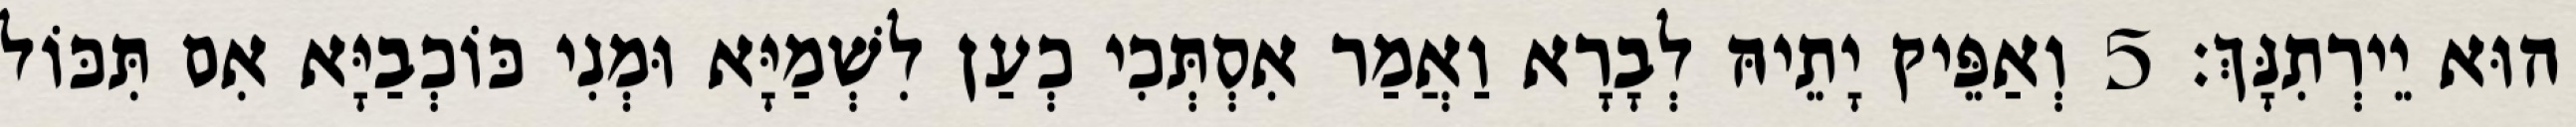
הוּא יֵירְתִנָּךְ׃ 5 וְאַפֵּיק יָתֵיהּ לְבָרָא וַאֲמַר אִסְתְּכִי כְעַן לִשְׁמַיָּא וּמְנִי כּוֹכְבַיָּא אִם תִּכּוֹל